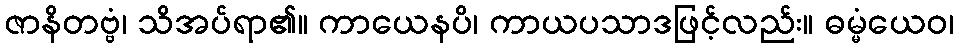
ဇာနိတဗ္ဗံ၊ သိအပ်ရာ၏။ ကာယေနပိ၊ ကာယပသာဒဖြင့်လည်း။ ဓမ္မံယေဝ၊